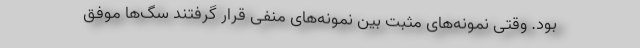
بود. وقتی نمونه‌های مثبت بین نمونه‌های منفی قرار گرفتند سگ‌ها موفق